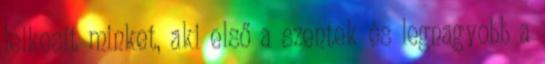
lelkesít minket, aki első a szentek és legnagyobb a